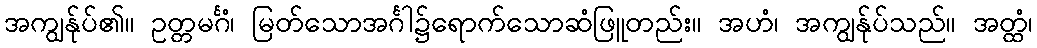
အကျွန်ုပ်၏။ ဥတ္တမင်္ဂံ၊ မြတ်သောအင်္ဂါ၌ရောက်သောဆံဖြူတည်း။ အဟံ၊ အကျွန်ုပ်သည်။ အတ္ထံ၊